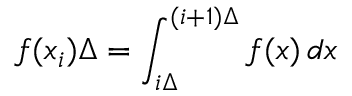
f ( x _ { i } ) \Delta = \int _ { i \Delta } ^ { ( i + 1 ) \Delta } f ( x ) \, d x